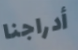
أدراجنا